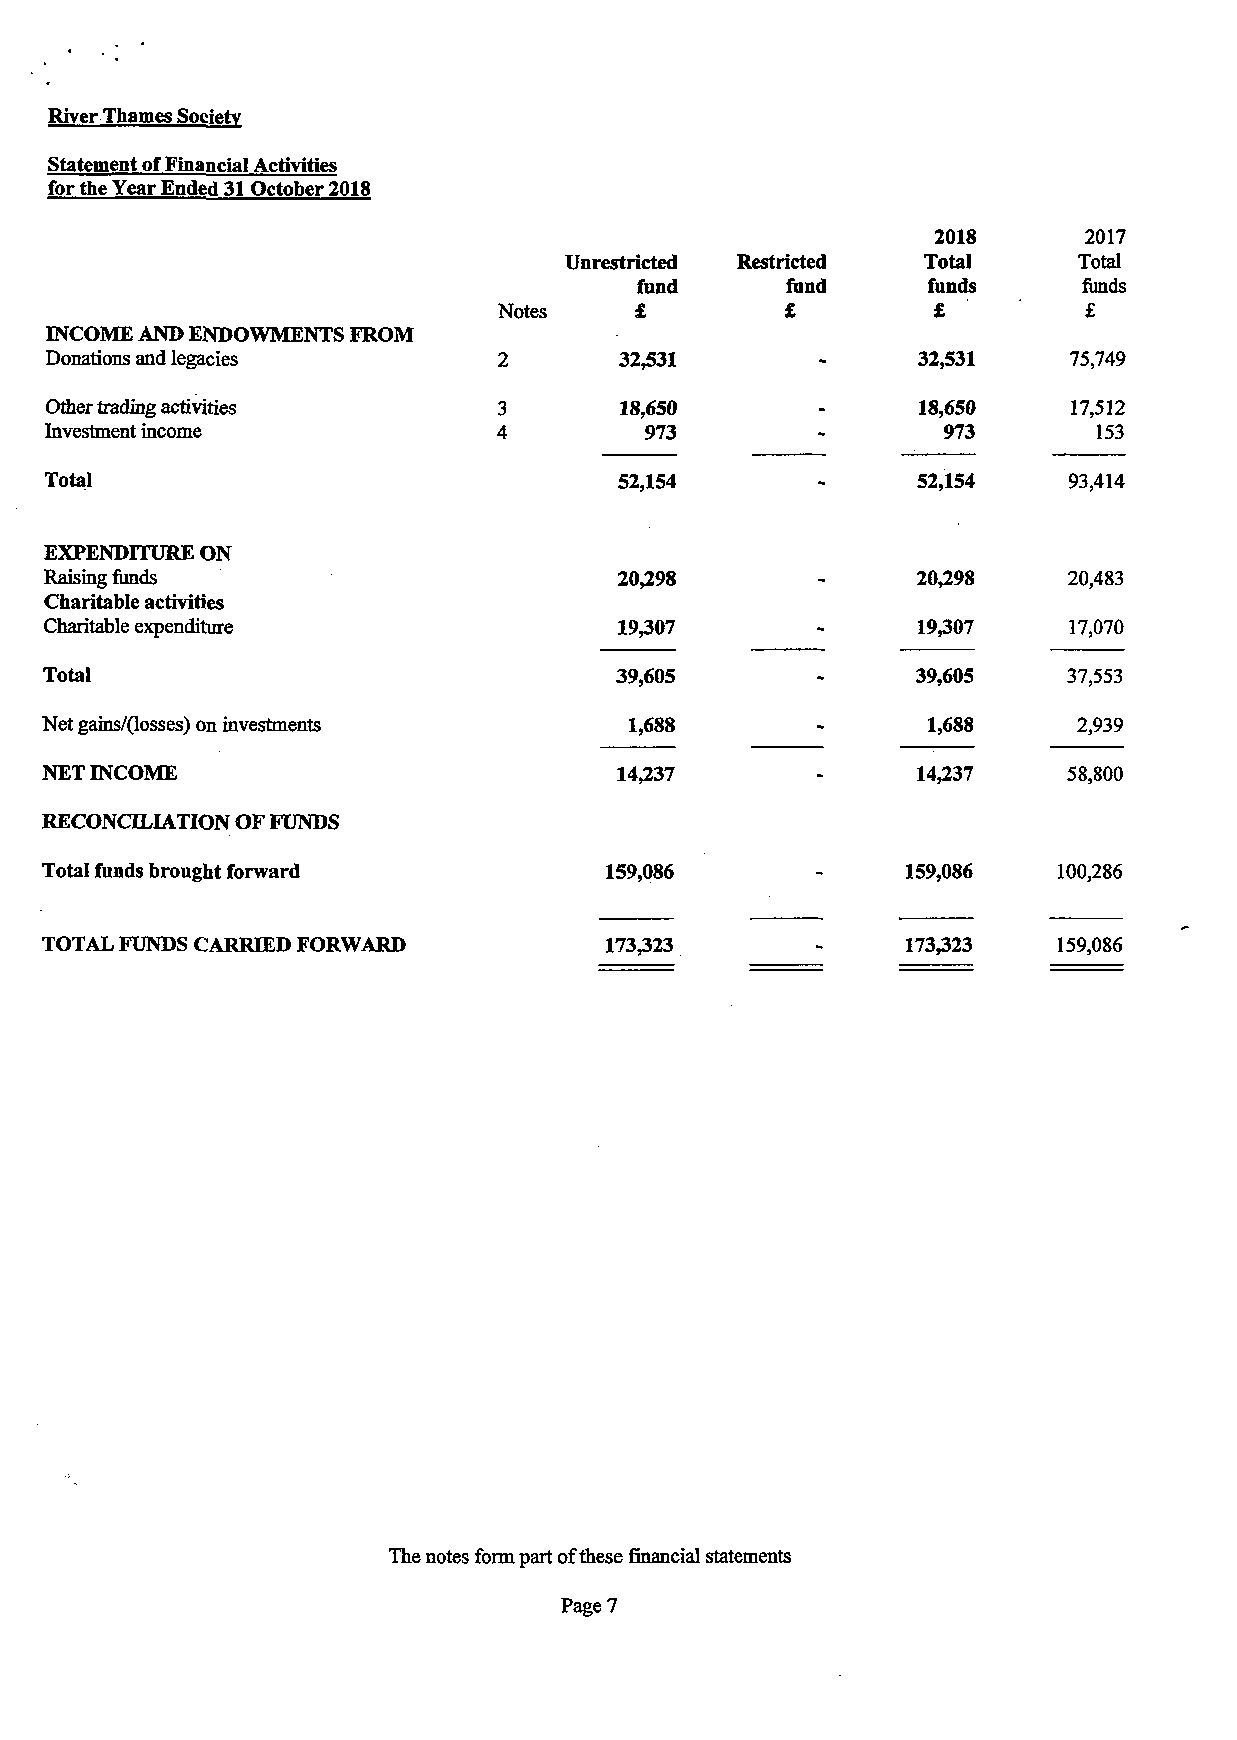
River Thames Society
 Statement of Financial Activities
 for the Year Ended 31 October 2018
 2018      2017
 Unrestricted Restricted Total     Total
 fund      fund     funds      funds
 Notes    £         £         £         £
 INCOME AND ENDOWMENTS FROM
 Donations and legacies        2       32,531              32,531    75,749
 Other trading activities      3       18,650              18,650    17,512
 Investment income             4         973                973        153
 Total                                 52,154              52,154    93,414
 EXPENDITURE ON
 Raising funds                         20,298              20,298    20,483
 Charitable activities
 Charitable expenditure                19,307              19,307    17,070
 Total                                 39,605              39,605    37,553
 Net gains/(losses) on investments      1,688              1,688     2,939
 NET INCOME                            14,237              14,237    58,800
 RECONCILIATION OF FUNDS
 Total funds brought forward          159,086             159,086   100,286
 TOTAL FUNDS CARRIED FORWARD          173,323             173,323   159,086
 The notes form part of these financial statements
 Page 7